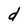
Character: d